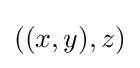
((x,y),z)